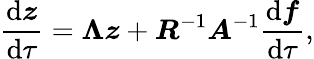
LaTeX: \frac{\mathrm{d}\boldsymbol{z}}{\mathrm{d}\tau}=\boldsymbol{\Lambda}\boldsymbol{z}+\boldsymbol{R}^{-1}\boldsymbol{A}^{-1}\frac{\mathrm{d}\boldsymbol{f}}{\mathrm{d}\tau},